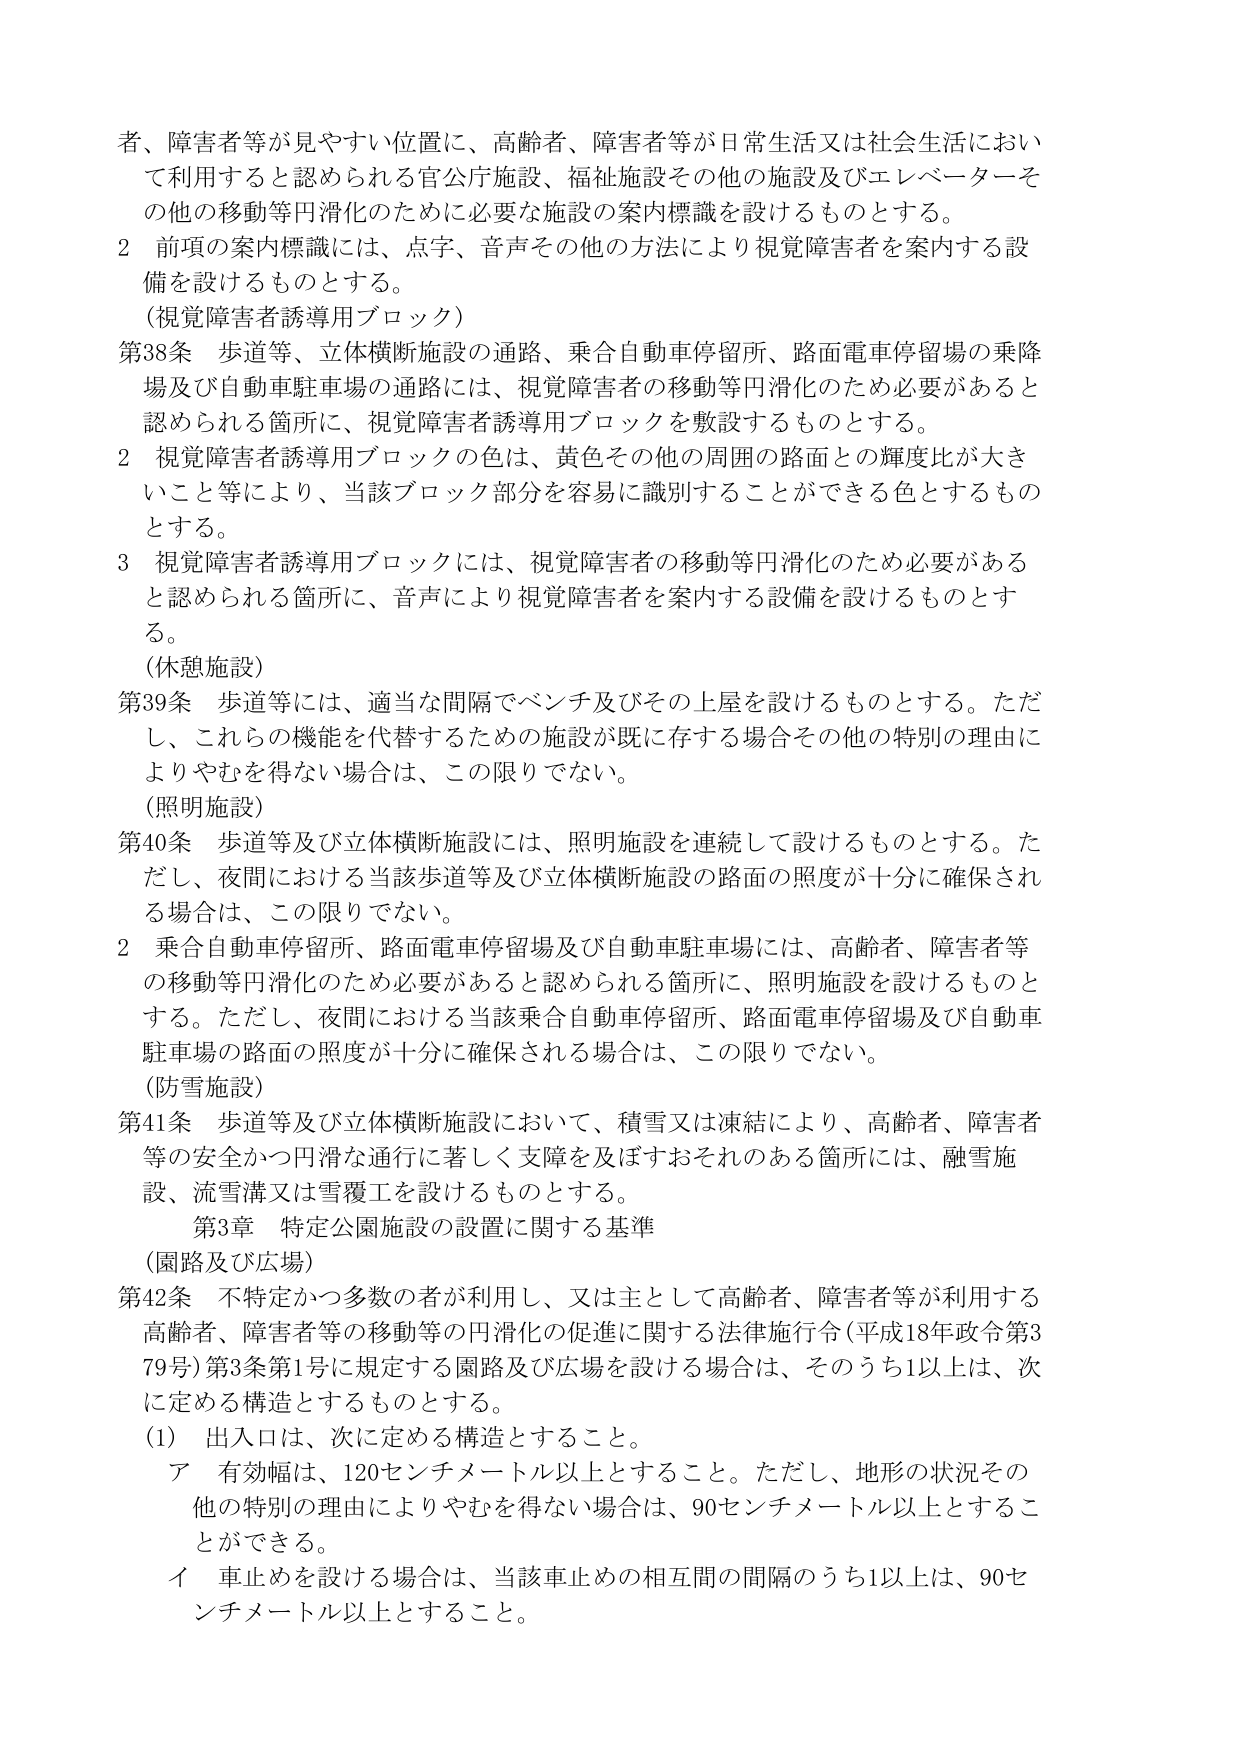
者、障害者等が見やすい位置に、高齢者、障害者等が日常生活又は社会生活において利用すると認められる官公庁施設、福祉施設その他の施設及びエレベーターその他の移動等円滑化のために必要な施設の案内標識を設けるものとする。

2 前項の案内標識には、点字、音声その他の方法により視覚障害者を案内する設備を設けるものとする。

（視覚障害者誘導用ブロック）

第38条 歩道等、立体横断施設の通路、乗合自動車停留所、路面電車停留場の乗降場及び自動車駐車場の通路には、視覚障害者の移動等円滑化のため必要があると認められる箇所に、視覚障害者誘導用ブロックを敷設するものとする。

2 視覚障害者誘導用ブロックの色は、黄色その他の周囲の路面との輝度比が大きいこと等により、当該ブロック部分を容易に識別することができる色とするものとする。

3 視覚障害者誘導用ブロックには、視覚障害者の移動等円滑化のため必要があると認められる箇所に、音声により視覚障害者を案内する設備を設けるものとする。

（休憩施設）

第39条 歩道等には、適当な間隔でベンチ及びその上屋を設けるものとする。ただし、これらの機能を代替するための施設が既に存する場合その他特別の理由によりやむを得ない場合は、この限りでない。

（照明施設）

第40条 歩道等及び立体横断施設には、照明施設を連続して設けるものとする。ただし、夜間における当該歩道等及び立体横断施設の路面の照度が十分に確保される場合は、この限りでない。

2 乗合自動車停留所、路面電車停留場及び自動車駐車場には、高齢者、障害者等の移動等円滑化のため必要があると認められる箇所に、照明施設を設けるものとする。ただし、夜間における当該乗合自動車停留所、路面電車停留場及び自動車駐車場の路面の照度が十分に確保される場合は、この限りでない。

（防雪施設）

第41条 歩道等及び立体横断施設において、積雪又は凍結により、高齢者、障害者等の安全かつ円滑な通行に著しく支障を及ぼすおそれのある箇所には、融雪施設、流雪溝又は雪覆工を設けるものとする。

第3章 特定公園施設の設置に関する基準

（園路及び広場）

第42条 不特定かつ多数の者が利用し、又は主として高齢者、障害者等が利用する高齢者、障害者等の移動等の円滑化の促進に関する法律施行令（平成18年政令第379号）第3条第1号に規定する園路及び広場を設ける場合は、そのうち1以上は、次に定める構造とするものとする。

（1） 出入口は、次に定める構造とすること。

ア 有効幅は、120センチメートル以上とすること。ただし、地形の状況その他の特別の理由によりやむを得ない場合は、90センチメートル以上とすることができる。

イ 車止めを設ける場合は、当該車止めの相互間の間隔のうち1以上は、90センチメートル以上とすること。